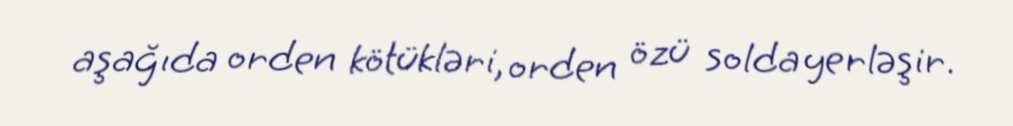
aşağıda orden kötükləri, orden özü solda yerləşir.